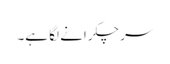
سر چکرانے لگا ہے۔